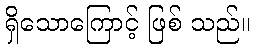
ရှိသောကြောင့် ဖြစ် သည်။